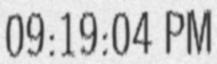
09:19:04 PM